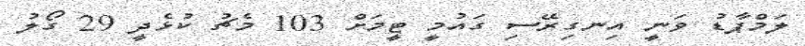
ލަމްޕާޑު ވަނީ އިނގިރޭސި ގައުމީ ޓީމަށް 103 މެޗު ކުޅެދީ 29 ގޯލު